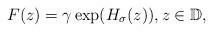
LaTeX: \begin{align*}F(z)=\gamma\exp(H_{\sigma}(z)),z\in\mathbb{D},\end{align*}